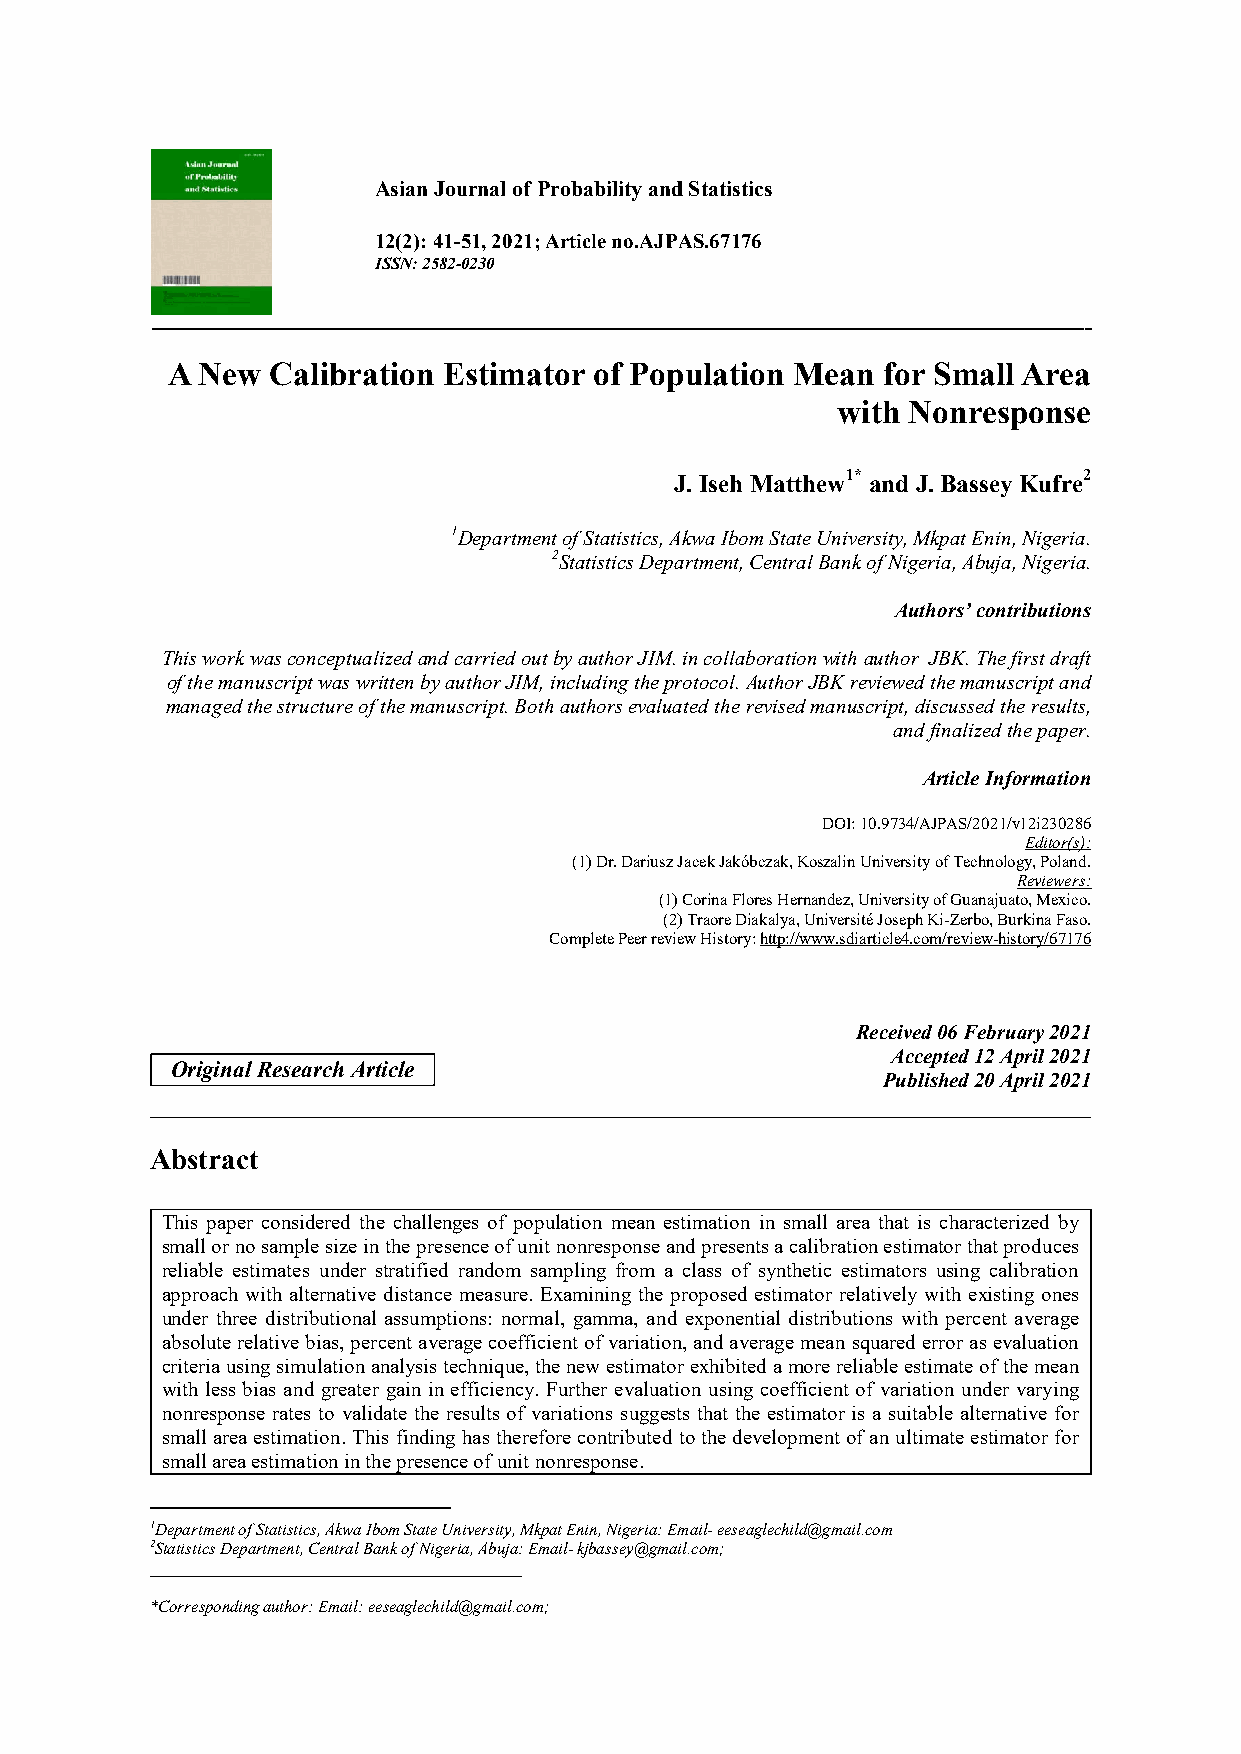
Asian Journal of Probability and Statistics
 12(2): 41-51, 2021; Article no.AJPAS.67176
 ISSN: 2582-0230
 _______________________________________________________________________________________________________________________________________
 A New  Calibration Estimator of Population Mean for Small Area
 with Nonresponse
 J. Iseh Matthew1* and J. Bassey Kufre2
 1Department of Statistics, Akwa Ibom State University, Mkpat Enin, Nigeria.
 2Statistics Department, Central Bank of Nigeria, Abuja, Nigeria.
 Authors’ contributions
 This work was conceptualized and carried out by author JIM. in collaboration with author JBK. The first draft
 of the manuscript was written by author JIM, including the protocol. Author JBK reviewed the manuscript and
 managed the structure of the manuscript. Both authors evaluated the revised manuscript, discussed the results,
 and finalized the paper.
 Article Information
 DOI: 10.9734/AJPAS/2021/v12i230286
 Editor(s):
 (1) Dr. Dariusz Jacek Jakóbczak, Koszalin University of Technology, Poland.
 Reviewers:
 (1) Corina Flores Hernandez, University of Guanajuato, Mexico.
 (2) Traore Diakalya, Université Joseph Ki-Zerbo, Burkina Faso.
 Complete Peer review History: http://www.sdiarticle4.com/review-history/67176
 Received 06 February 2021
 Accepted 12 April 2021
 Original Research Article
 Published 20 April 2021
 __________________________________________________________________________________
 Abstract
 This paper considered the challenges of population mean estimation in small area that is characterized by
 small or no sample size in the presence of unit nonresponse and presents a calibration estimator that produces
 reliable estimates under stratified random sampling from a class of synthetic estimators using calibration
 approach with alternative distance measure. Examining the proposed estimator relatively with existing ones
 under three distributional assumptions: normal, gamma, and exponential distributions with percent average
 absolute relative bias, percent average coefficient of variation, and average mean squared error as evaluation
 criteria using simulation analysis technique, the new estimator exhibited a more reliable estimate of the mean
 with less bias and greater gain in efficiency. Further evaluation using coefficient of variation under varying
 nonresponse rates to validate the results of variations suggests that the estimator is a suitable alternative for
 small area estimation. This finding has therefore contributed to the development of an ultimate estimator for
 small area estimation in the presence of unit nonresponse.
 1Department of Statistics, Akwa Ibom State University, Mkpat Enin, Nigeria: Email- eeseaglechild@gmail.com
 2Statistics Department, Central Bank of Nigeria, Abuja: Email- kjbassey@gmail.com;
 ________________________________________
 *Corresponding author: Email: eeseaglechild@gmail.com;